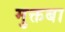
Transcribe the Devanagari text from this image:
मुक्तबा